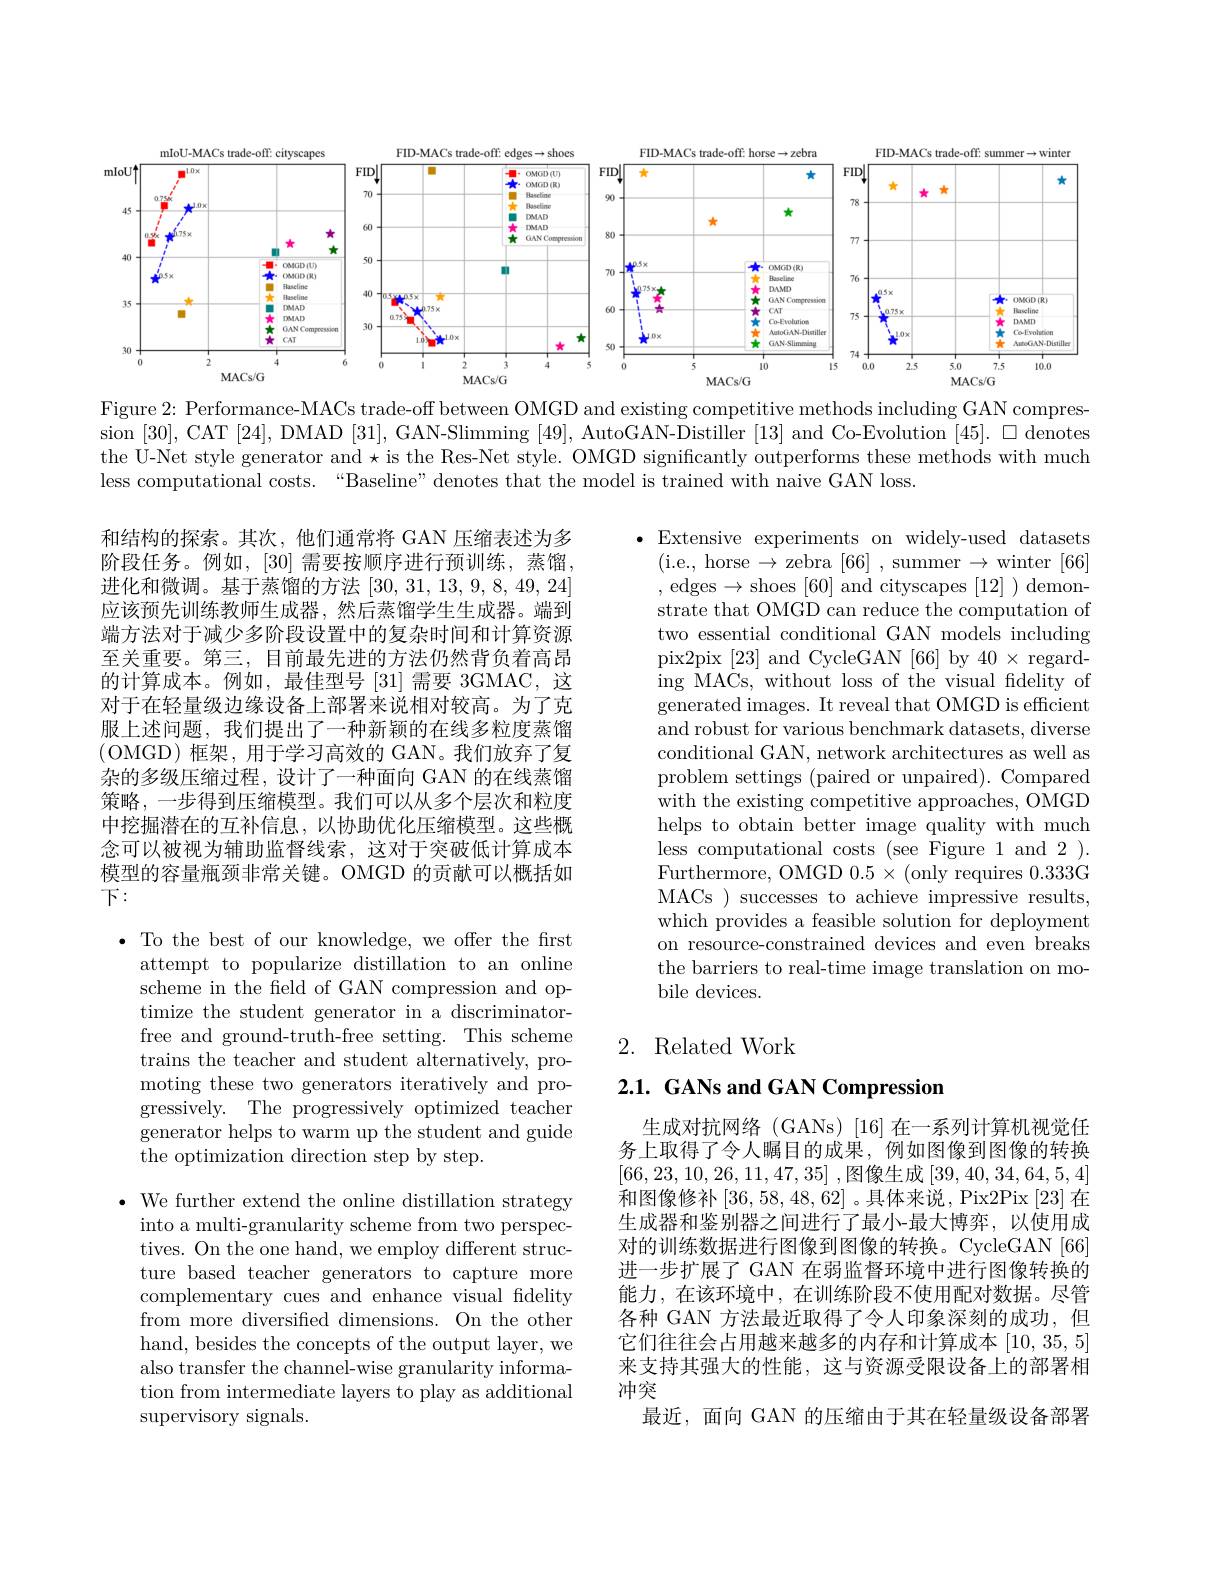
<FigureHere>

Figure 2: Performance-MACs trade-off between OMGD and existing competitive methods including GAN compression [30], CAT [24], DMAD [31], GAN-Slimming [49], AutoGAN-Distiller [13] and Co-Evolution [45]. 口 denotes the U-Net style generator and $\star$ is the Res-Net style. OMGD significantly outperforms these methods with much less computational costs. “Baseline” denotes that the model is trained with naive GAN loss.

和结构的探索。其次，他们通常将 GAN 压缩表述为多阶段任务。例如，[30] 需要按顺序进行预训练，蒸馏， 进化和微调。基于蒸馏的方法[30,31,13,9,8,49,24] 应该预先训练教师生成器，然后蒸馏学生生成器。端到端方法对于减少多阶段设置中的复杂时间和计算资源至关重要。第三，目前最先进的方法仍然背负着高昂的计算成本。例如，最佳型号[31]需要 3GMAC,这对于在轻量级边缘设备上部署来说相对较高。为了克服上述问题，我们提出了一种新颖的在线多粒度蒸馏(OMGD)框架，用于学习高效的 GAN。我们放弃了复杂的多级压缩过程，设计了一种面向 GAN 的在线蒸馏策略，一步得到压缩模型。我们可以从多个层次和粒度中挖掘潜在的互补信息，以协助优化压缩模型。这些概念可以被视为辅助监督线索，这对于突破低计算成本模型的容量瓶颈非常关键。OMGD 的贡献可以概括如下：

Extensive experiments on widely-used datasets ( i. e. , horse $\to$ zebra [ 66] , summer $\to$ winter [ 66] ,edges$\to$shoes[60]and cityscapes[12])demonstrate that OMGD can reduce the computation of two essential conditional GAN models including pix2pix [23] and CycleGAN [66] by 40 × regarding MACs, without loss of the visual fidelity of generated images. It reveal that OMGD is efficient and robust for various benchmark datasets, diverse conditional GAN, network architectures as well as problem settings (paired or unpaired). Compared with the existing competitive approaches, OMGD helps to obtain better image quality with much less computational costs ( see Figure 1 and 2 ) . Furthermore, OMGD $0.5\times$(only requires 0.333G MACs ) successes to achieve impressive results, which provides a feasible solution for deployment on resource-constrained devices and even breaks the barriers to real-time image translation on mobile devices.

## 2. Related Work

$\bullet$ To the best of our knowledge, we offer the frst attempt to popularize distillation to an online scheme in the field of GAN compression and optimize the student generator in a discriminatorfree and ground-truth-free setting. This scheme trains the teacher and student alternatively, promoting these two generators iteratively and progressively. The progressively optimized teacher generator helps to warm up the student and guide $\bar{\text{the optimization direction step by step.}}$

# 2.1. GANs and GAN Compression

生成对抗网络(GANs)[16]在一系列计算机视觉任务上取得了令人瞩目的成果，例如图像到图像的转换[66,23,10,26,11,47,35] ,图像生成[39,40,34,64,5,4] 和图像修补[36,58,48,62] 。具体来说，Pix2Pix [23] 在生成器和鉴别器之间进行了最小-最大博弈，以使用成对的训练数据进行图像到图像的转换。CycleGAN[66] 进一步扩展了 GAN 在弱监督环境中进行图像转换的能力，在该环境中，在训练阶段不使用配对数据。尽管各种 GAN 方法最近取得了令人印象深刻的成功，但它们往往会占用越来越多的内存和计算成本[10,35,5] 来支持其强大的性能，这与资源受限设备上的部署相冲突
最近，面向 GAN 的压缩由于其在轻量级设备部署

$\bullet$ We further extend the online distillation strategy
into a multi-granularity scheme from two perspectives. On the one hand, we employ different structure based teacher generators to capture more complementary cues and enhance visual fidelity from more diversified dimensions. On the other hand, besides the concepts of the output layer, we also transfer the channel-wise granularity information from intermediate layers to play as additional supervisory signals.